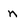
Character: n